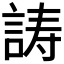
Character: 𬢪